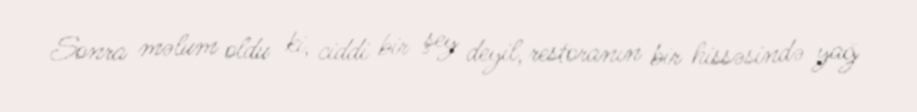
Sonra məlum oldu ki, ciddi bir şey deyil, restoranın bir hissəsində yağ